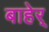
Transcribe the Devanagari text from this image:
बाहेर्